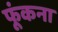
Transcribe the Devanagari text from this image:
फूंकना